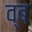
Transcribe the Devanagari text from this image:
व्ब